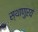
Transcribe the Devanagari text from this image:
स्थाणुरयं